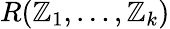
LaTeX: R(\mathbb{Z}_{1},\dots,\mathbb{Z}_{k})